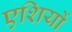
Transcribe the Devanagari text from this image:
एशियों